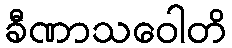
ခီဏာသဝေါတိ